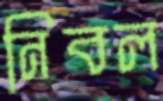
নিবল